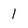
Character: l